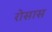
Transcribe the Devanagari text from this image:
रोसास